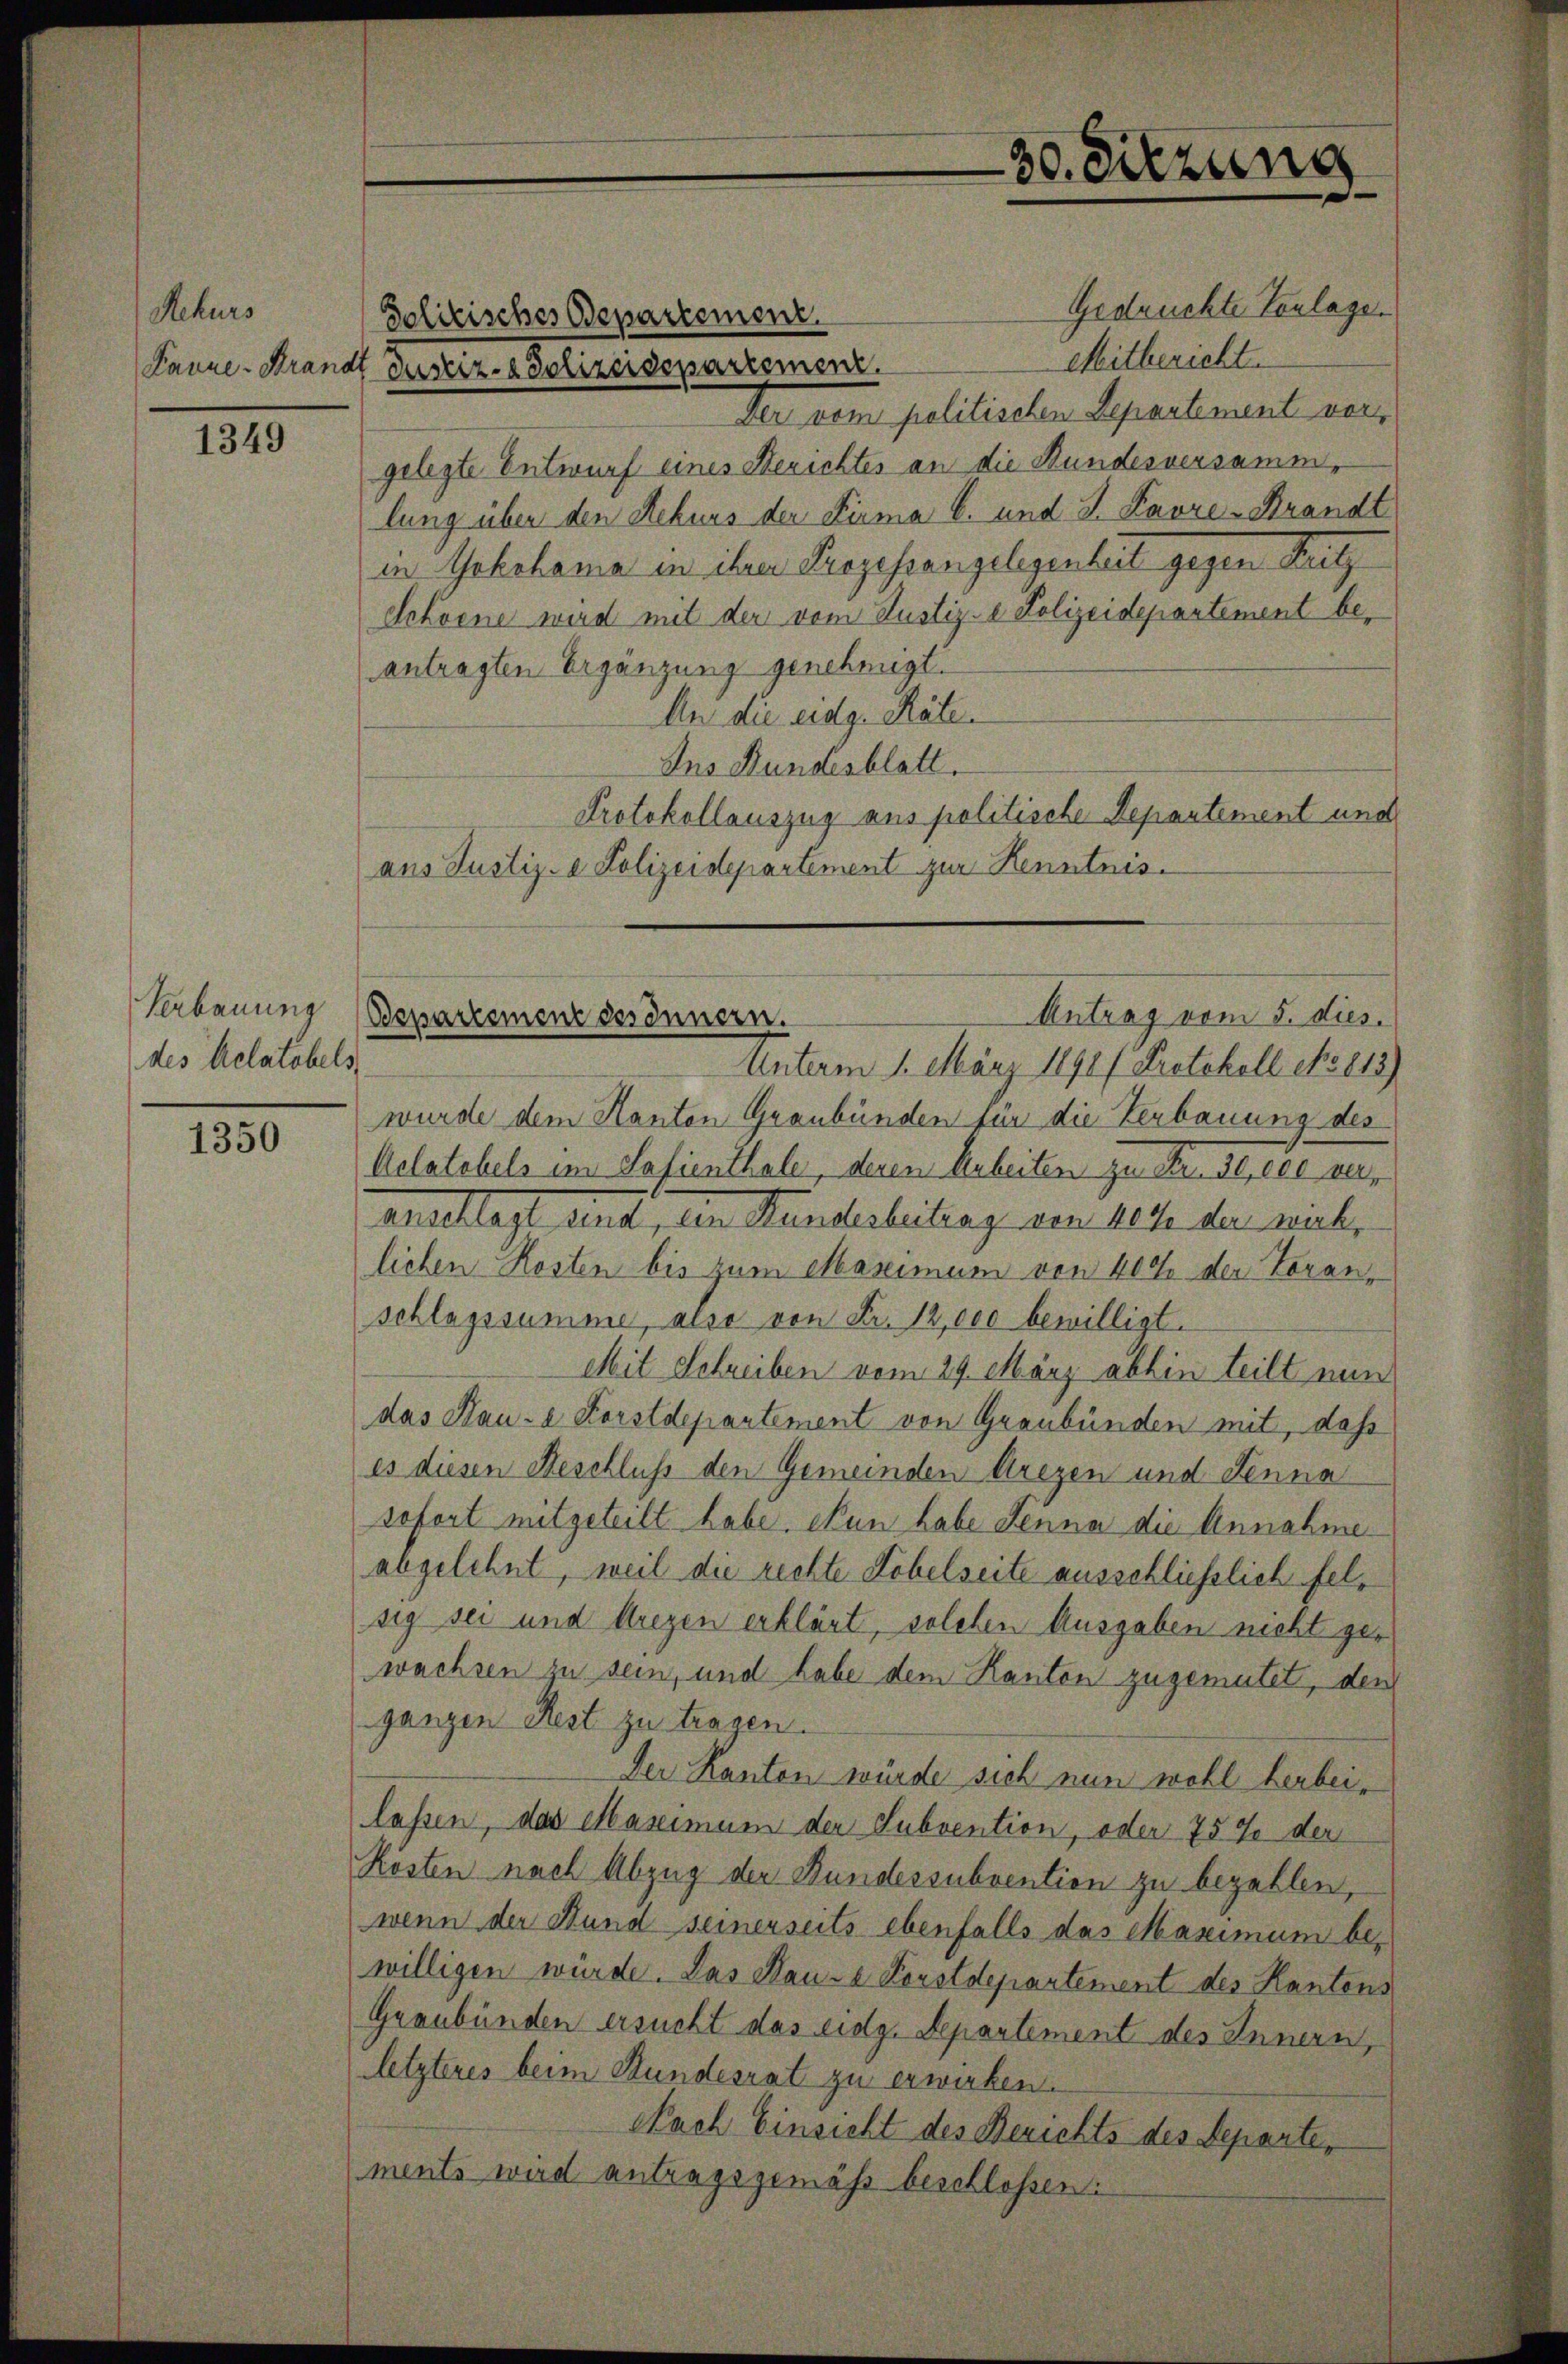
Rekurs

1349

Verbauung
des Aclatobels

1350

Politisches Departement.

Gedruckte Vorlage.
Mitbericht.
Panne-Brandt Justiz- & Polizeidepartement.
Der von politischen Separtement vergelegte Entwurf eines Berichtes an die Bundesversammlung über den Rekurs der Firma 6. und 2. Favre-Brandt
in Yokohama in ihrer Prozessangelegentät gegen Satz
Schoene wird mit der vom Justiz- & Polizeidepartement beantragten Ergänzung genehmigt.
An die eidg. Räten
Ins Bundesblatt.
Protokollauszug aus politische Departement und
aus Justiz- & Polizeidepartement zur Kenntnis¬
Unterm 1. März 1891/ Protokoll No 113)
wurde dem Kanton Graubünden für die Verbauung des
Aclatobels im Safienthale, deren Arbeiten zu Fr. 30,000 verauschlagt sint, an Standerbeitrage von 1872 der aber
lichen Kosten bis zum Maximum von 400 der Voran,
schlagssumme, also von Fr. 12,000 bewilligt.
Mit Schreiben vom 29. März abhin teilt nun
das Haue Forstdepartement von Graubünden mit, dass
es diesen Beschluss den Gemeinden Urezen und Senna
rofort mitgeteilt habe. Nun habe Senna die Annahme
abgelehnt, weil die rechte Kobelseite ausschließlich felsig sei und Uregen erklärt, solchen Ausgaben nicht gewachsen zu sein, und habe dem Kanton zugemutet, den
ganzen Rest zu tragen.
Der Kanton würde sich nun wohl herbeilassen, das Maximum der Subvention, oder 75 % der
Kösten nach Abzug der Bundessubvention zu bezahlen,
wenn der Stund seinerseits ebenfalls das Maximum bewilligen würde. Das Hause Forstdepartement des Kantens
Graubünden ersucht das eidg. Departement des Innern,
letzteres beim Stundesrat zu erwirken.
Nach Einsicht des Berichts des Departen
ments wird antragsgemäß beschlossen:

Antrag vom 5. dies.
Departement des Innern.

30. Sitzung